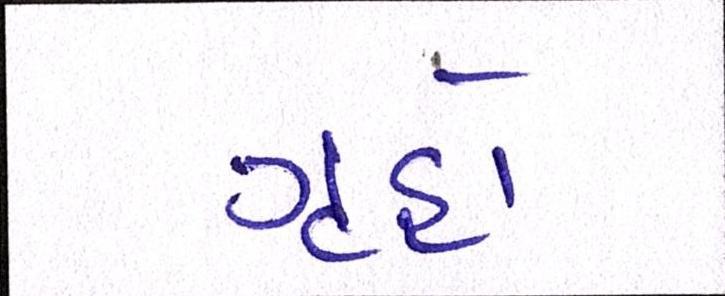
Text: ગૃહો